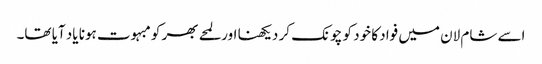
اسے شام لان میں فواد کا خود کو چونک کر دیکھنا اور لمحے بھر کو مبہوت ہونا یاد آیا تھا۔